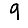
Digit: 9